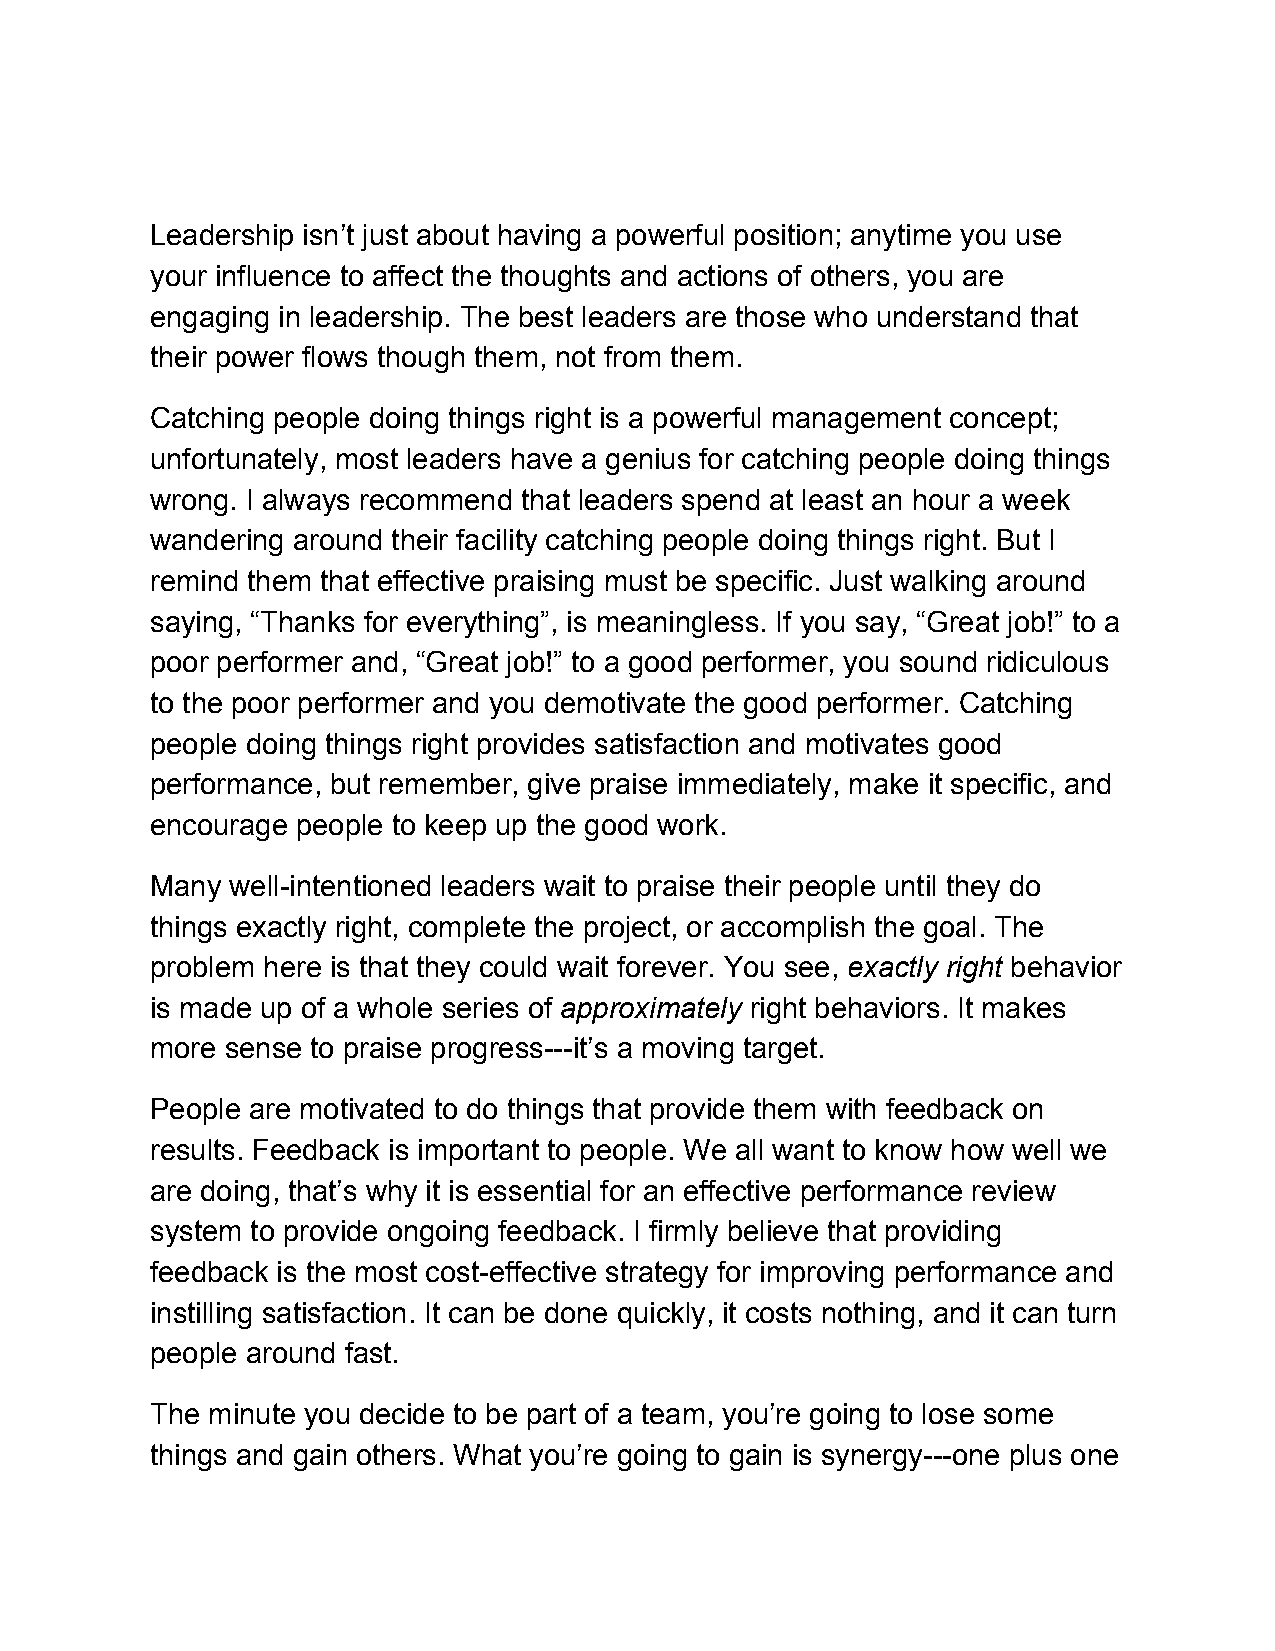
Leadership isn’t just about having a powerful position; anytime you use
 your influence to affect the thoughts and actions of others, you are
 engaging in leadership. The best leaders are those who understand that
 their power flows though them, not from them.
 Catching people doing things right is a powerful management concept;
 unfortunately, most leaders have a genius for catching people doing things
 wrong. I always recommend that leaders spend at least an hour a week
 ​ ​
 wandering around their facility catching people doing things right. But I
 ​ ​
 remind them that effective praising must be specific. Just walking around
 saying, “Thanks for everything”, is meaningless. If you say, “Great job!” to a
 poor performer and, “Great job!” to a good performer, you sound ridiculous
 to the poor performer and you demotivate the good performer. Catching
 people doing things right provides satisfaction and motivates good
 performance, but remember, give praise immediately, make it specific, and
 encourage people to keep up the good work.
 Many well-intentioned leaders wait to praise their people until they do
 things exactly right, complete the project, or accomplish the goal. The
 problem here is that they could wait forever. You see, exactly right behavior
 ​         ​
 is made up of a whole series of approximately right behaviors. It makes
 ​           ​
 more sense to praise progress---it’s a moving target.
 People are motivated to do things that provide them with feedback on
 results. Feedback is important to people. We all want to know how well we
 are doing, that’s why it is essential for an effective performance review
 system to provide ongoing feedback. I firmly believe that providing
 ​ ​
 feedback is the most cost-effective strategy for improving performance and
 instilling satisfaction. It can be done quickly, it costs nothing, and it can turn
 people around fast.
 The minute you decide to be part of a team, you’re going to lose some
 things and gain others. What you’re going to gain is synergy---one plus one